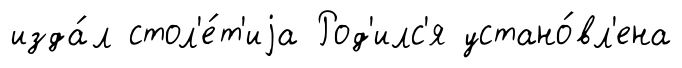
изда́л стол'е́т'иjа Род'илс'я устано́вл'ена